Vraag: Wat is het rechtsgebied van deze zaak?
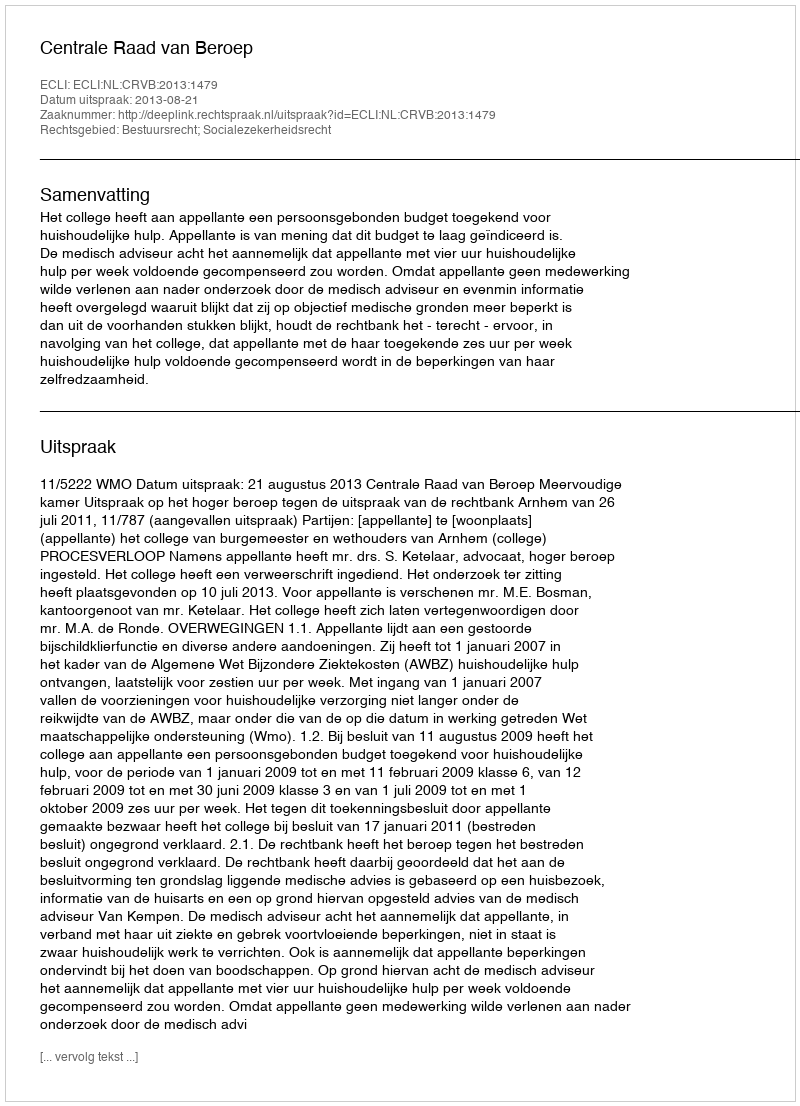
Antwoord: Bestuursrecht; Socialezekerheidsrecht